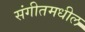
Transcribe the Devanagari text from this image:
संगीतमधील